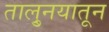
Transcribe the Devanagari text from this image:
तालु्नयातून